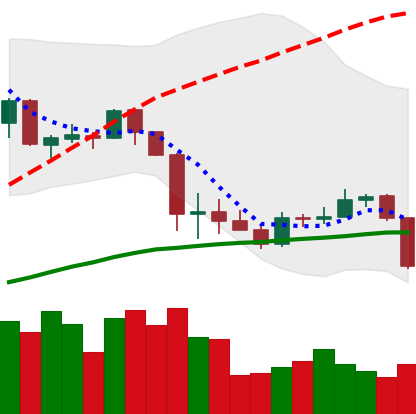
Ticker: ADA-USD
Chart end date: 2020-03-08
Forward return: -34.312%
Label: down_7plus